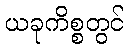
ယခုကိစ္စတွင်